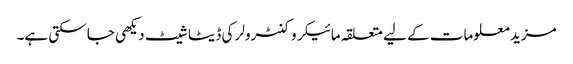
مزید معلومات کے لیے متعلقہ مائیکروکنٹرولر کی ڈیٹا شیٹ دیکھی جا سکتی ہے۔